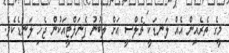
މީގެ ތެރެއިން އެއް ލަނޑަކީ ޗެލްސީ އަށް ލިބުނު ޕެނަލްޓީއަކުން ޖެހި ލަނޑެކެވެ.